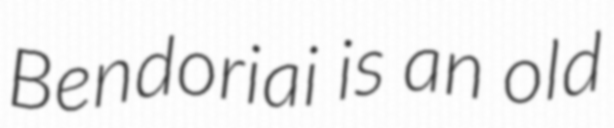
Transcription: Bendoriai is an old